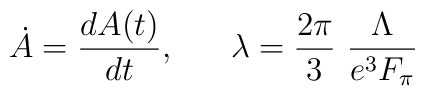
\dot{A}=\frac{dA(t)}{dt},~~~~~\lambda=\frac{2\pi}{3}~\frac{\Lambda}{e^3 F_\pi}